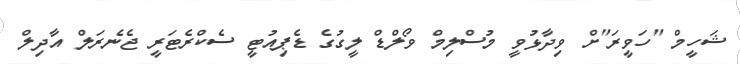
ޝަހީމް "ހަވީރަ"ށް ވިދާޅުވީ މުސްލިމް ވޯލްޑް ލީގުގެ ޑެޕިއުޓީ ސެކްރެޓަރީ ޖެނެރަލް އާދިލް